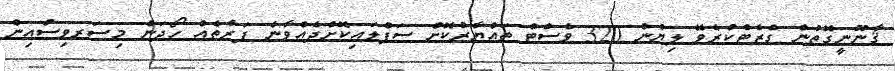
ޤާނޫނީގޮތުން ގެޒެޓްކުރެވޭ ލިޔުން 320 ވެސްޓް ތައްޔާރުކޮށް ސަޕްލައިކޮށްދެއްވާނެ ފަރާތެއް ހޯދަން މިސަރވިސްއިން